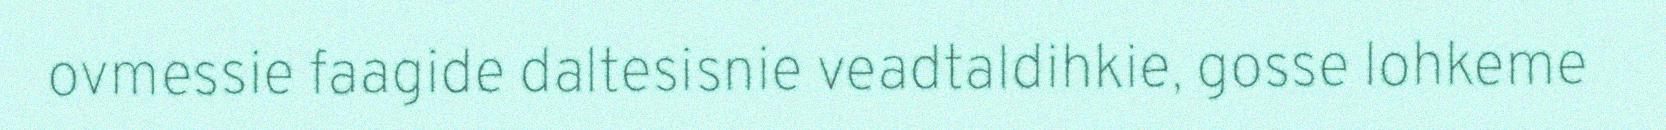
ovmessie faagide daltesisnie veadtaldihkie, gosse lohkeme